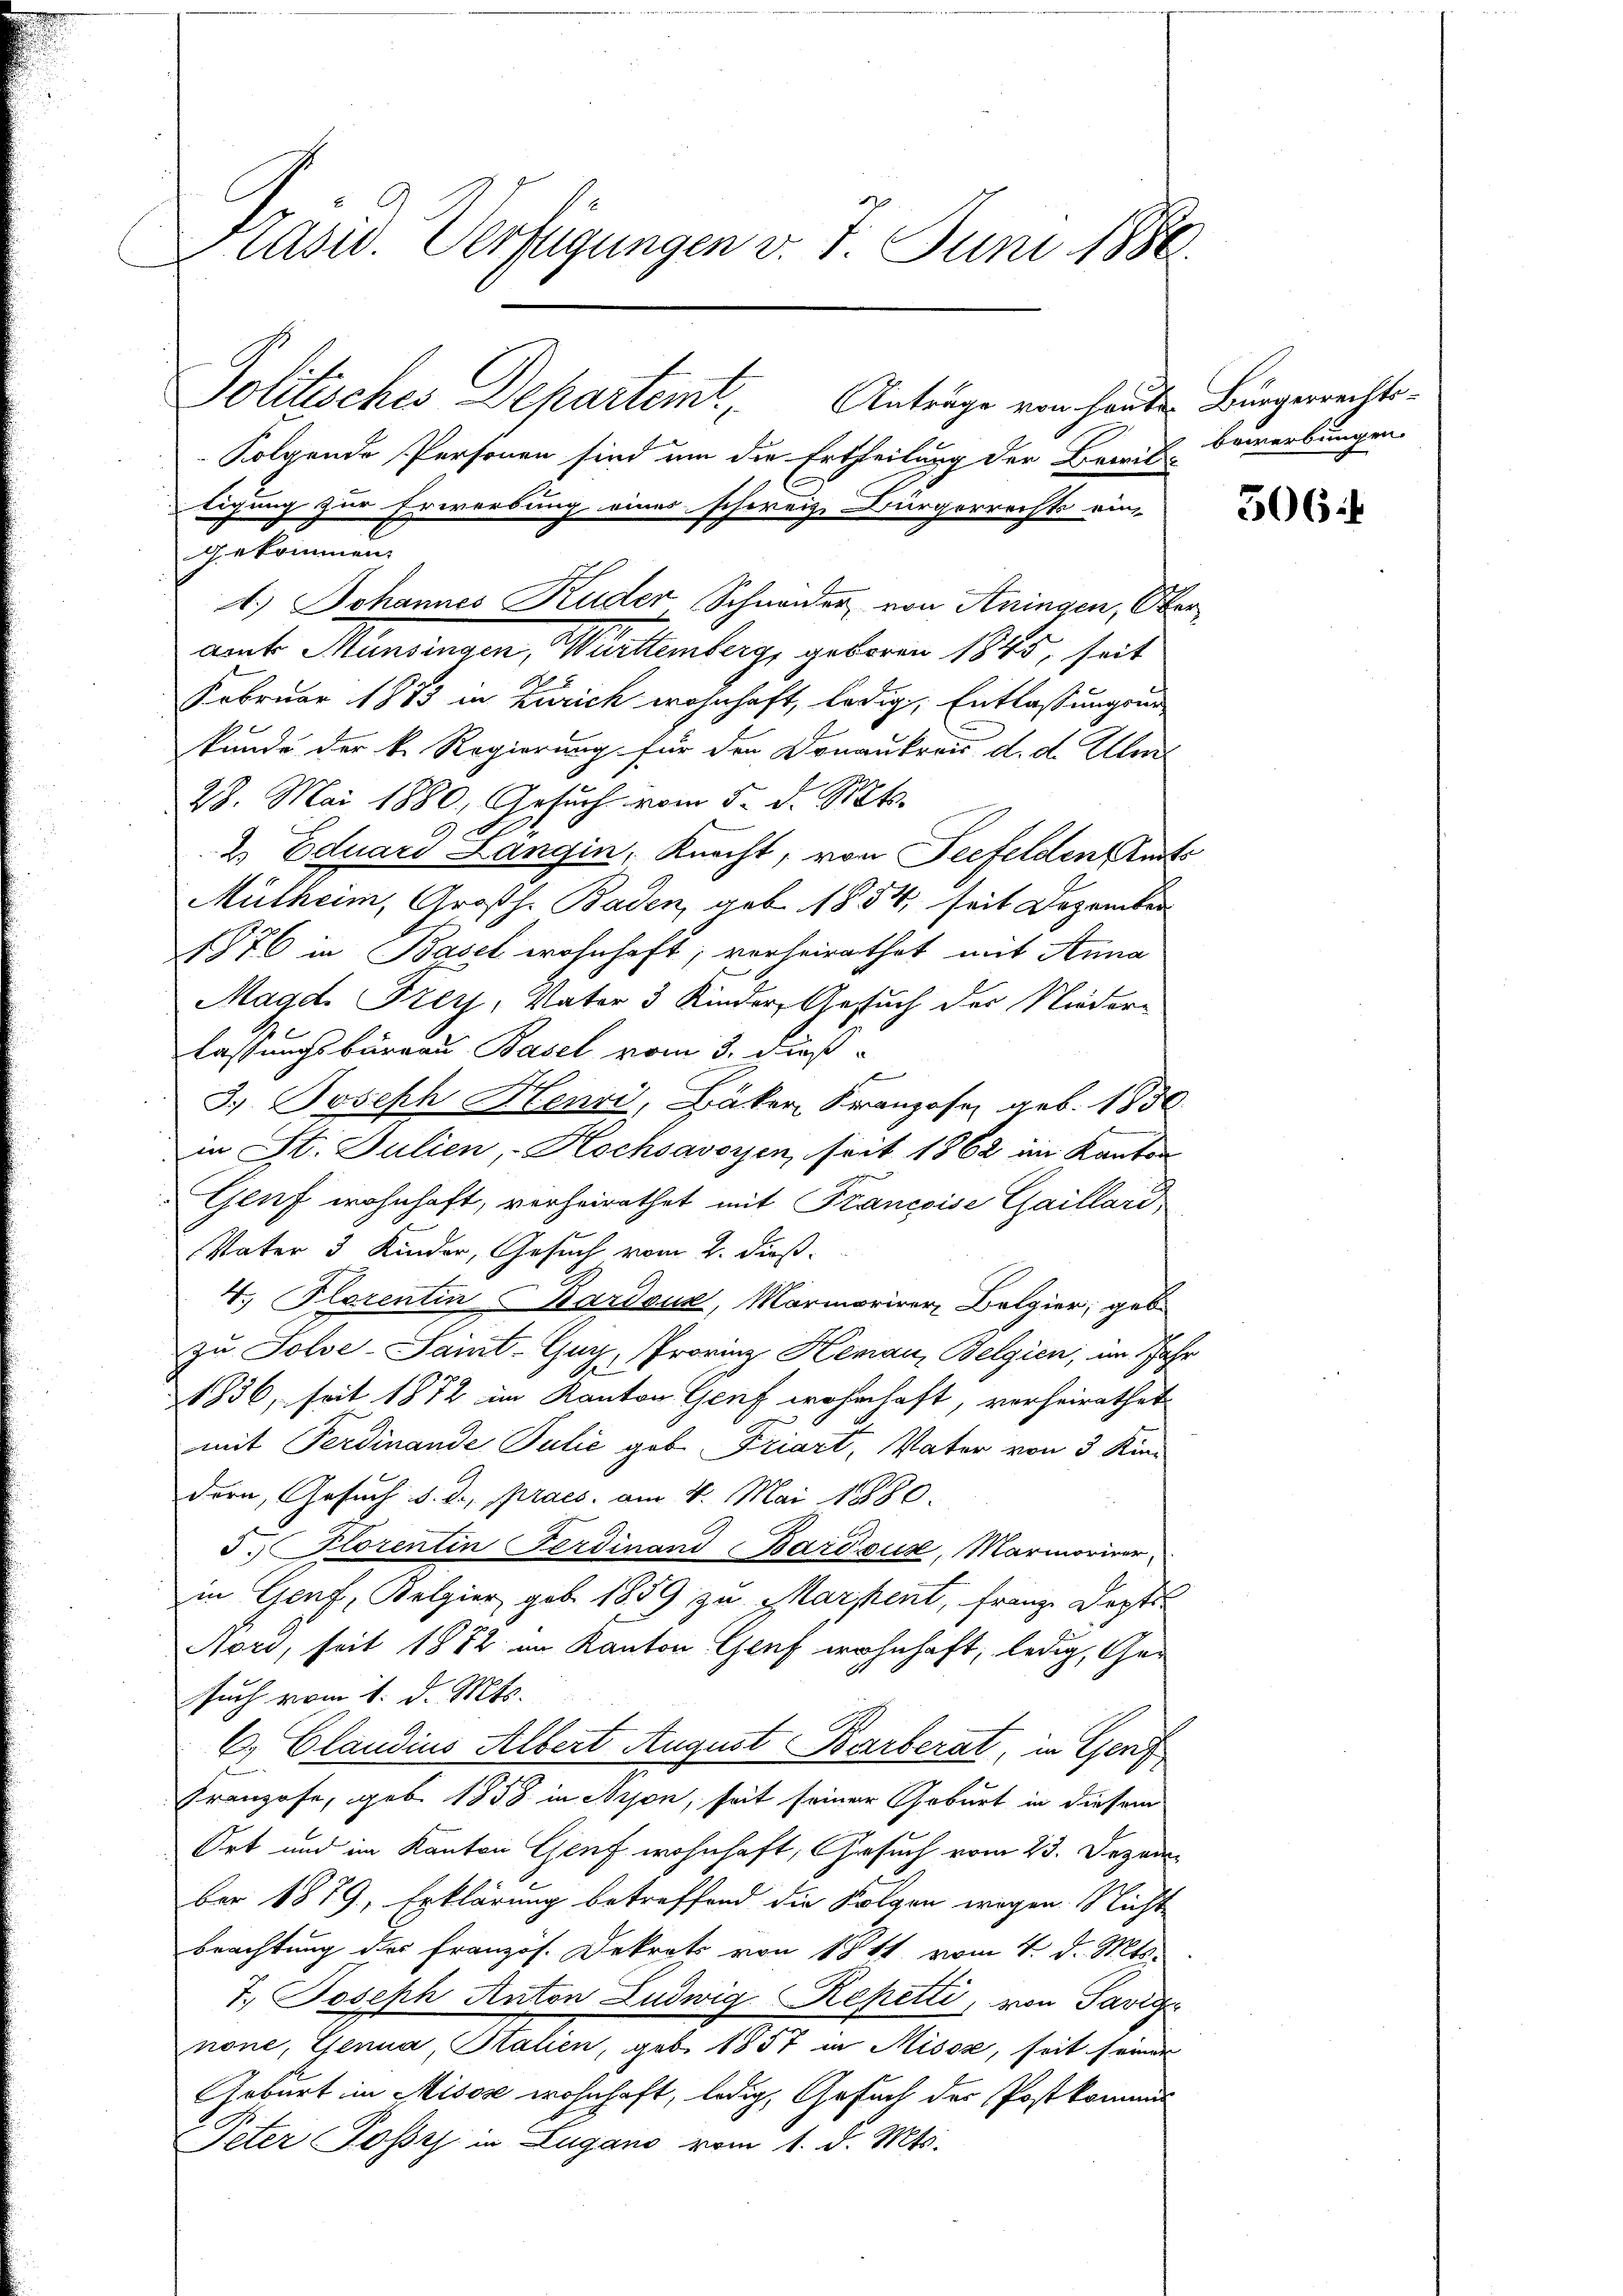
Kasw. Verfügungen v. 7. Juni 1886
Politisches Departemt Anträge von heute Bürgerrechts¬
Folgende Personen sind um die Ertheilung der Bewil- bewerbungen
tigung zur Erwerbung eines schoreiz, Bürgerrechts ein
gekommen.

A.) Johannes Kuder Schnauer von Aningen, Ober

amt Mundingen, Württemberg, geboren 1845, seit
Februar 1883 in Zürich wohnhaft, ledig, Entlassungsur
kunde der k. Regierung für den Donaukreis d. d. Ulri
28. Mai 1880, Gesŭch vom 5. d. Mts.
2 Eduard Langin, Knecht, von Seefelden Reits
Mülheim, Großh. Baden, geb. 1854, seit Dezember
1876 in Basel wohnhaft; verheirathet mit Anna
Magd. Frey, Vater 3 Kinder Gesuch der Niederlassungsbureau Basel vom 3. dieß
3. Joseph Henzi, Bäker Kranzosen geb. 1856
in St. Julien, - Hochsavoyen, seit 1862 im Kanton
Genf wohnhaft, verheirathet mit Francoise Gaillard,
Vater 3 Kinder, Gesuch vom 2. dieß.
4. Florentin Bardouz, Marmoriren Belgier, geb.
zu Tolve-Samt-Gun, Provinz Heman Belgien, im Jahr
E
1836, seit 1872 im Kanton Genf wohnhaft, verheirathet
mit Ferdinande Julić geb. Friart, Vater von 3 Kin-
dern, Gesuch d. d. praes. am 4. Mai 1880.
5. Horentin Ferdinand Bardsus, Marmorier
in Genf, Belgier geb. 1889 zu Marsent, franze Depti
Noro, seit 1882 im Kanton Genf wohnhaft, ledig, Gesuch vom 1. d. Mts.
6. Claudius Albert August Barberat, in Genf
Franzose, geb. 1858 in Nipon, seit seiner Geburt in diesem
Ort und im Kanton Genf wohnhaft, Gesuch vom 23. Dezem-
ber 1879, Erklärung betreffend die Folgen wegen Nicht
beachtung des Französ. Dekrets von 1811. vom 4. d. Mts.
T. Joseph Anton Ludwig Repetti, von Savig
none, Genua, Italien, geb. 1857 in Misox, seit seiner
Geburt im Missse wohnhaft, ledig, Gesuch der Postkommis
Peter Posses in Lugano vom 1. d. Mts.

2

506.